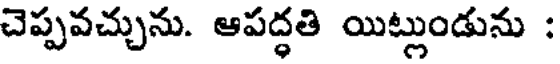
చెప్పవచ్చును. ఆపద్ధతి యిట్లుండును :